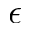
\epsilon